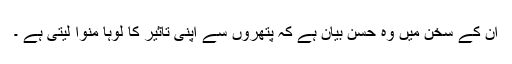
ان کے سخن میں وہ حسن بیان ہے کہ پتھروں سے اپنی تاثیر کا لوہا منوا لیتی ہے ۔